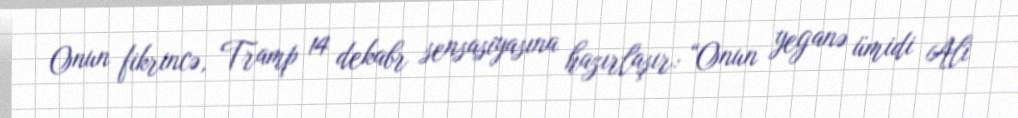
Onun fikrincə, Tramp 14 dekabr sensasiyasına hazırlaşır: “Onun yeganə ümidi Ali